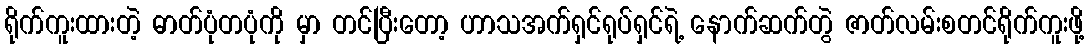
ရိုက်ကူးထားတဲ့ ဓာတ်ပုံတပုံကို မှာ တင်ပြီးတော့ ဟာသအက်ရှင်ရုပ်ရှင်ရဲ့ နောက်ဆက်တွဲ ဇာတ်လမ်းစတင်ရိုက်ကူးဖို့